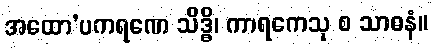
အထော’ပကရဏေ သိဒ္ဓိ၊ ကာရကေသု စ သာဓနံ။